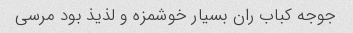
جوجه کباب ران بسیار خوشمزه و لذیذ بود مرسی